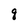
Character: q